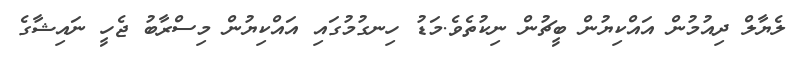
ލެޔާލް ދިއުމުން އައްކިޔުން ބީޗުން ނިކުތެވެ.މަޑު ހިނގުމުގައި އައްކިޔުން މިސްރާބު ޖެހީ ނައިޝާގެ